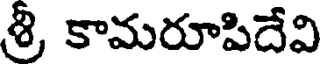
శ్రీ కామరూపిదేవి